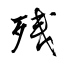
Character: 残